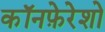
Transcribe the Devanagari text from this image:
कॉनफ़ेरेशो